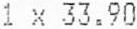
1 X 33.90